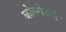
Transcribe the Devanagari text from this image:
कोल्गेट्ची